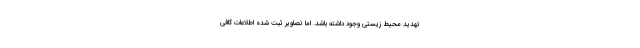
تهدید محیط زیستی وجود داشته باشد. اما تصاویر ثبت شده اطلاعات کافی